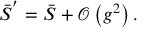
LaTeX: \bar { S } ^ { ^ { \prime } } = \bar { S } + { \mathcal { O } } \left( g ^ { 2 } \right) .